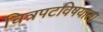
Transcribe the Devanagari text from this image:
चित्रपटविषयाला